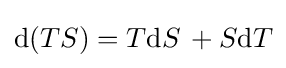
\mathrm {d} (TS)=T\mathrm {d} S\,+S\mathrm {d} T